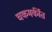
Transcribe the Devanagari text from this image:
चकमकींत